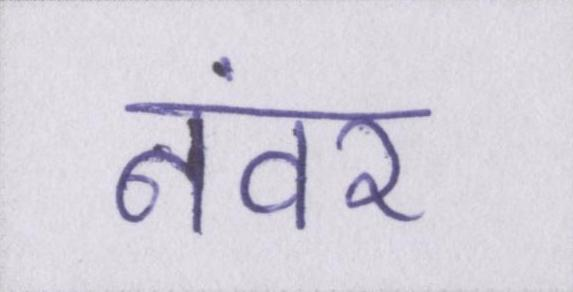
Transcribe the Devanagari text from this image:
नंवर